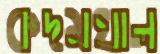
কদমখাল